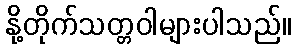
နို့တိုက်သတ္တဝါများပါသည်။